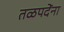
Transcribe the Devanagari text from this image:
तळपदेंना